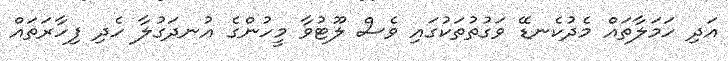
އަދި ހަމަލާތައް މެދުކެނޑޭ ވަގުތުތަކުގައި ވެސް ލޫޓުވާ މީހުންގެ އުނދަގުލާ ހެދި ފިހާރަތައް